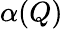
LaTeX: \alpha(Q)